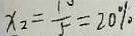
x _ { 2 } = \frac { 1 0 } { 5 } = 2 0 \%